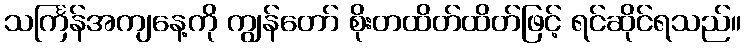
သင်္ကြန်အကျနေ့ကို ကျွန်တော် စိုးတထိတ်ထိတ်ဖြင့် ရင်ဆိုင်ရသည်။